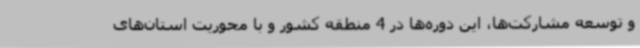
و توسعه مشارکت‌ها، این دوره‌ها در 4 منطقه کشور و با محوریت استان‌های